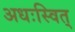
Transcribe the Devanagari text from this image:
अधःस्वित्